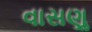
વાસણૢ